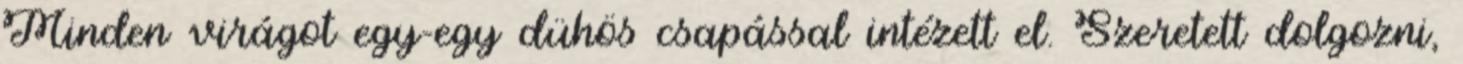
Minden virágot egy-egy dühös csapással intézett el. Szeretett dolgozni,